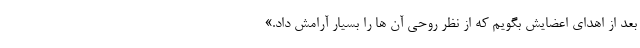
بعد از اهدای اعضایش بگویم که از نظر روحی آن ها را بسیار آرامش داد.»